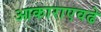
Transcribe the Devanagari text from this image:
आकाराएवढे